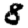
Digit: 8